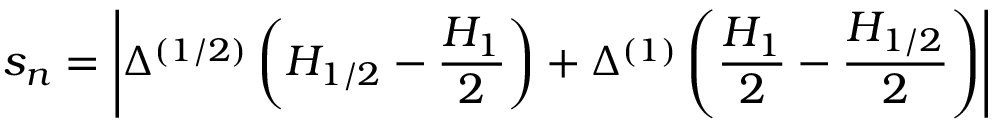
s _ { n } = \left| \Delta ^ { ( 1 / 2 ) } \left( H _ { 1 / 2 } - \frac { H _ { 1 } } { 2 } \right) + \Delta ^ { ( 1 ) } \left( \frac { H _ { 1 } } { 2 } - \frac { H _ { 1 / 2 } } { 2 } \right) \right|